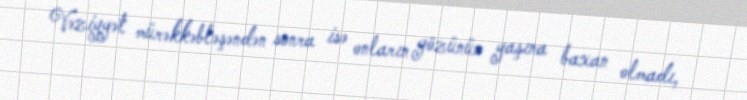
Vəziyyət mürəkkəbləşəndən sonra isə onların gözünün yaşına baxan olmadı,